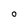
Character: 0